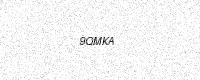
Text: 9QMKA